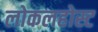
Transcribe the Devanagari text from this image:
लोकलहोस्ट